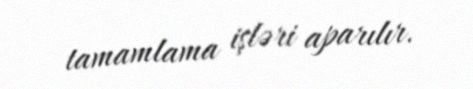
tamamlama işləri aparılır.